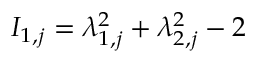
I _ { 1 , j } = \lambda _ { 1 , j } ^ { 2 } + \lambda _ { 2 , j } ^ { 2 } - 2